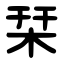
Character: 栞